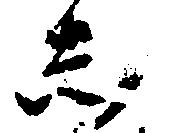
し